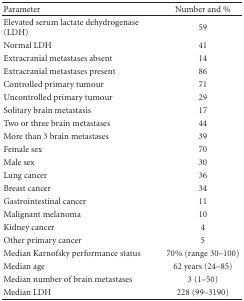
<table><thead><tr><td><b>Parameter</b></td><td><b>Number and %</b></td></tr></thead><tbody><tr><td>Elevated serum lactate dehydrogenase (LDH)</td><td>59</td></tr><tr><td>Normal LDH</td><td>41</td></tr><tr><td>Extracranial metastases absent</td><td>14</td></tr><tr><td>Extracranial metastases present</td><td>86</td></tr><tr><td>Controlled primary tumour</td><td>71</td></tr><tr><td>Uncontrolled primary tumour</td><td>29</td></tr><tr><td>Solitary brain metastasis</td><td>17</td></tr><tr><td>Two or three brain metastases</td><td>44</td></tr><tr><td>More than 3 brain metastases</td><td>39</td></tr><tr><td>Female sex</td><td>70</td></tr><tr><td>Male sex</td><td>30</td></tr><tr><td>Lung cancer</td><td>36</td></tr><tr><td>Breast cancer</td><td>34</td></tr><tr><td>Gastrointestinal cancer</td><td>11</td></tr><tr><td>Malignant melanoma</td><td>10</td></tr><tr><td>Kidney cancer</td><td>4</td></tr><tr><td>Other primary cancer</td><td>5</td></tr><tr><td>Median Karnofsky performance status</td><td>70% (range 30–100)</td></tr><tr><td>Median age</td><td>62 years (24–85)</td></tr><tr><td>Median number of brain metastases</td><td>3 (1–50)</td></tr><tr><td>Median LDH</td><td>228 (99–3190)</td></tr></tbody></table>